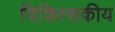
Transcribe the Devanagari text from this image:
चिकित्‍सकीय